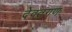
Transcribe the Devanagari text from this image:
देवतगण